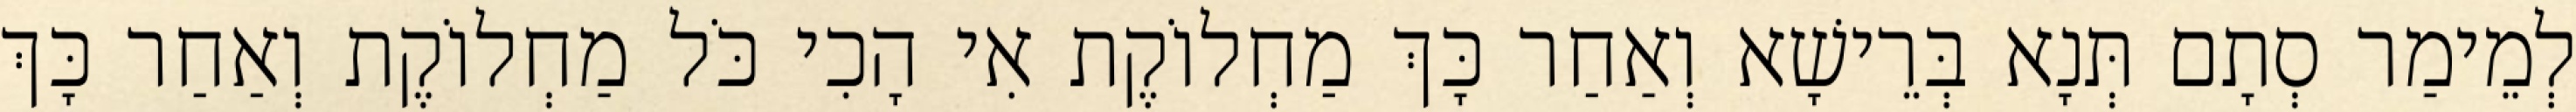
לְמֵימַר סְתָם תְּנָא בְּרֵישָׁא וְאַחַר כָּךְ מַחְלוֹקֶת אִי הָכִי כֹּל מַחְלוֹקֶת וְאַחַר כָּךְ